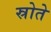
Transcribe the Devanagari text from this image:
स्रोते